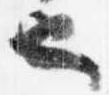
也